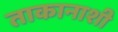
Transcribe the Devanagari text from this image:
ताकानाशी